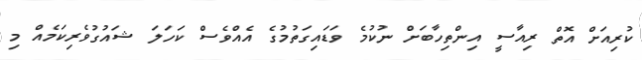
ކުރިއަށް އޮތް ރިއާސީ އިންތިހާބަށް ނުކުމެ ވަޑައިގަތުމުގެ އެއްވެސް ކަހަލަ ޝައުގުވެރިކަމެއް މި